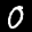
Label: 0